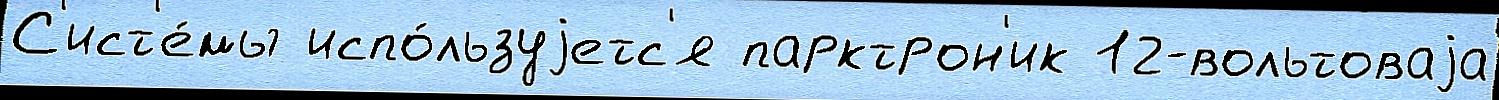
С'ист'е́мы испо́льзуjетс'я парктрон'ик 12-вольтоваjа